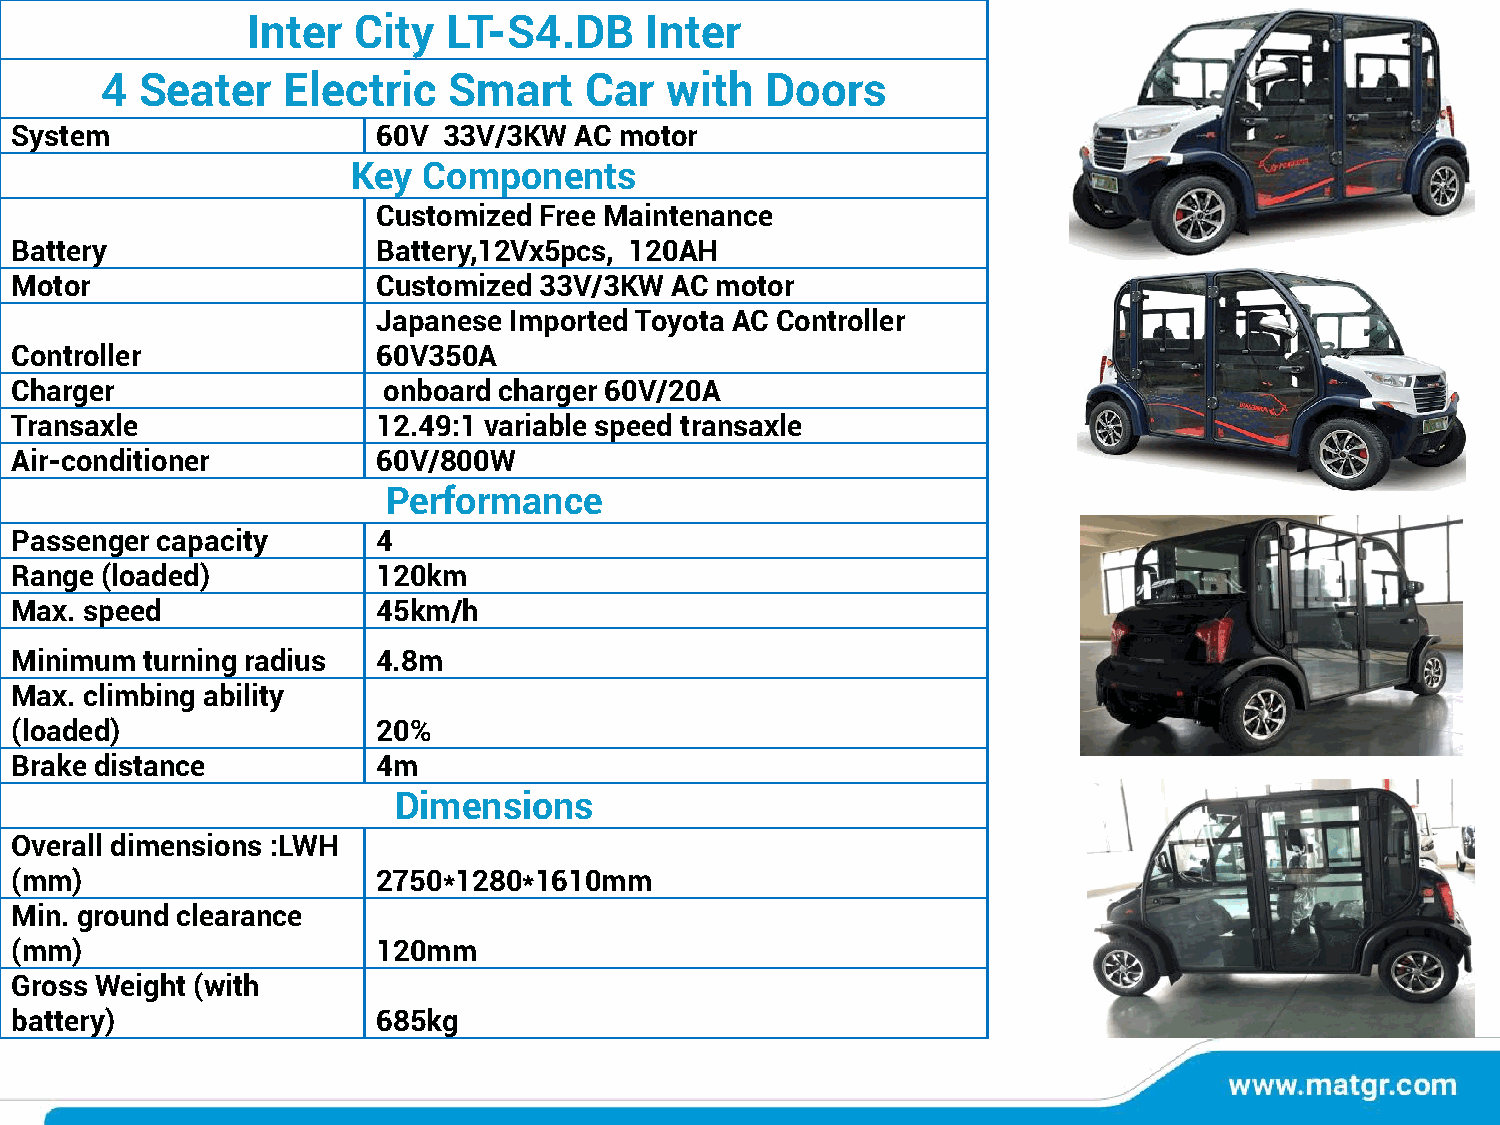
Inter  City   LT-S4.DB     Inter
 4 Seater    Electric   Smart    Car  with   Doors
 System                  60V 33V/3KW  AC motor
 Key  Components
 Customized Free Maintenance
 Battery                 Battery,12Vx5pcs, 120AH
 Motor                   Customized 33V/3KW AC motor
 Japanese Imported Toyota AC Controller
 Controller              60V350A
 Charger                 onboard charger 60V/20A
 Transaxle               12.49:1 variable speed transaxle
 Air-conditioner         60V/800W
 Performance
 Passenger capacity      4
 Range (loaded)          120km
 Max. speed              45km/h
 Minimum turning radius  4.8m
 Max. climbing ability
 (loaded)                20%
 Brake distance          4m
 Dimensions
 Overall dimensions :LWH
 (mm)                    2750*1280*1610mm
 Min. ground clearance
 (mm)                    120mm
 Gross Weight (with
 battery)                685kg